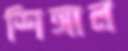
শিঙ্গাল